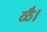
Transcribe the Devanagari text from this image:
ळै।